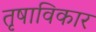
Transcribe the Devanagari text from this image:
तृषाविकार